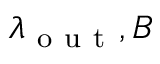
\lambda _ { \mathrm { ~ o ~ u ~ t ~ } } , B